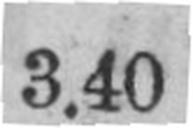
3.40